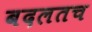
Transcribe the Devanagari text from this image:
बदलतच